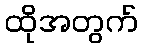
ထိုအတွက်